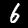
Digit: 6